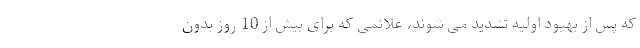
که پس از بهبود اولیه تشدید می شوند، علائمی که برای بیش از 10 روز بدون